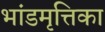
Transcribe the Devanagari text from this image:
भांडमृत्तिका